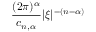
{ \frac { ( 2 \pi ) ^ { \alpha } } { c _ { n , \alpha } } } | { \boldsymbol { \xi } } | ^ { - ( n - \alpha ) }